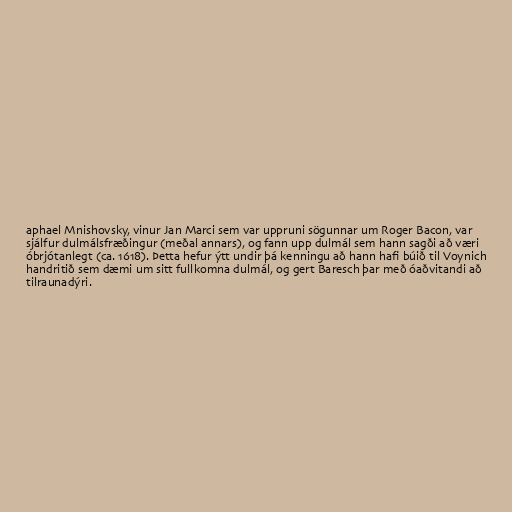
aphael Mnishovsky, vinur Jan Marci sem var uppruni sögunnar um Roger Bacon, var
sjálfur dulmálsfræðingur (meðal annars), og fann upp dulmál sem hann sagði að væri
óbrjótanlegt (ca. 1618). Þetta hefur ýtt undir þá kenningu að hann hafi búið til Voynich
handritið sem dæmi um sitt fullkomna dulmál, og gert Baresch þar með óaðvitandi að
tilraunadýri.